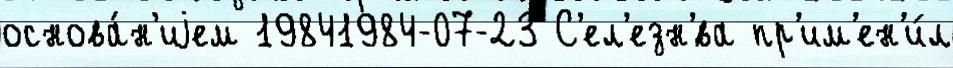
основа́н'иjем 19841984-07-23 С'ел'езн'́ва пр'им'ен'и́л